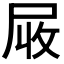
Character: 𡱙